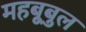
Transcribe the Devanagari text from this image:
महबूबुल